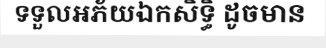
ទទួលអភ័យឯកសិទ្ធិ ដូចមាន